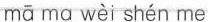
mā ma wèi shén me